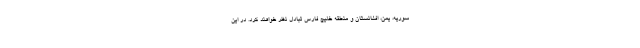
سوریه، یمن، افغانستان و منطقه خلیج فارس تبادل نظر خواهند کرد. در این